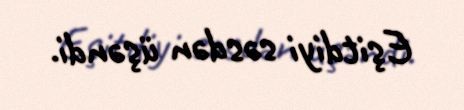
Eşitdiyi səsdən üşəndi.